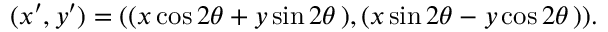
( x ^ { \prime } , y ^ { \prime } ) = ( ( x \cos 2 \theta + y \sin 2 \theta \, ) , ( x \sin 2 \theta - y \cos 2 \theta \, ) ) .